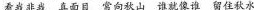
看我非我 真面目 常向秋山 谁就像谁 留住秋水